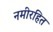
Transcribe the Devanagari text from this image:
नमीरहित